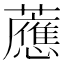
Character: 𧃽